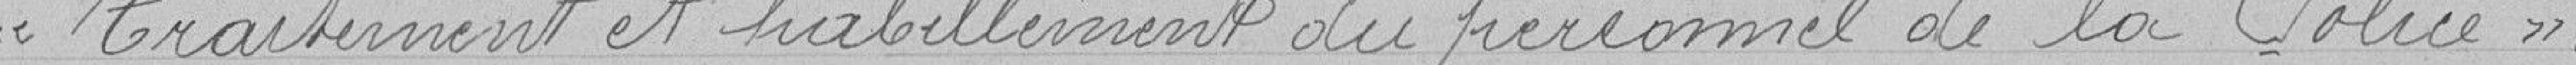
"Traitement et habillement du personne de la Police".